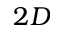
2 D